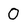
Character: 0